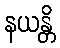
နယန္တိ